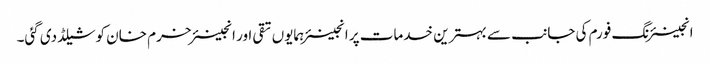
انجینئرنگ فورم کی جانب سے بہترین خدمات پر انجینئر ہمایوں تقی اور انجینئر خرم خان کو شیلڈ دی گئی۔